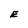
Character: E